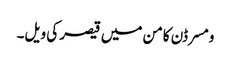
ومسرڈن کامن میں قیصر کی ویل۔